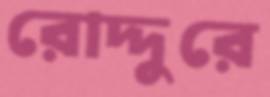
রোদ্দুরে